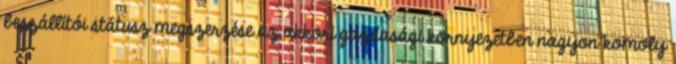
beszállítói státusz megszerzése az akkori gazdasági környezetben nagyon komoly